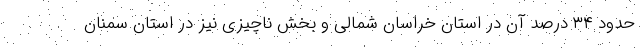
حدود ۳۴ درصد آن در استان خراسان شمالی و بخش ناچیزی نیز در استان سمنان